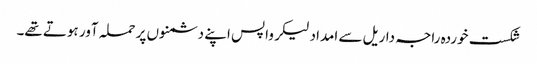
شکست خوردہ راجہ داریل سے امداد لیکر واپس اپنے دشمنوں پر حملہ آور ہوتے تھے۔